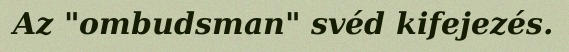
Az "ombudsman" svéd kifejezés.